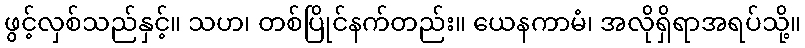
ဖွင့်လှစ်သည်နှင့်။ သဟ၊ တစ်ပြိုင်နက်တည်း။ ယေနကာမံ၊ အလိုရှိရာအရပ်သို့။